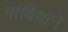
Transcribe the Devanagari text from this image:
गांबियाने